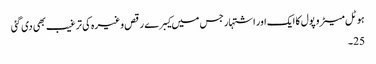
ہوٹل میٹرو پول کا ایک اور اشتہار جس میں کیبرے رقص وغیرہ کی ترغیب بھی دی گئی
25۔